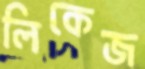
লিকেজ